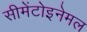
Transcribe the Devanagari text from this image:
सीमेंटोइनेमल